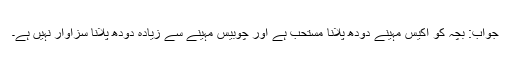
جواب: بچہ کو اکیس مہینے دودھ پلانا مستحب ہے اور چوبیس مہینے سے زیادہ دودھ پلانا سزاوار نہیں ہے۔